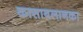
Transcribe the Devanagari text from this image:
कासाबलानका